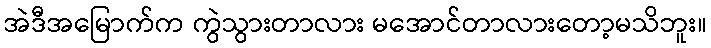
အဲဒီအမြောက်က ကွဲသွားတာလား မအောင်တာလားတော့မသိဘူး။